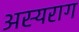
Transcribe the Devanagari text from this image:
अस्यराग